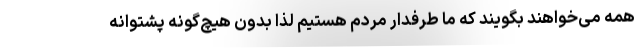
همه می‌خواهند بگویند که ما طرفدار مردم هستیم لذا بدون هیچ‌گونه پشتوانه